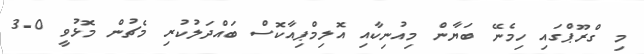
މި ގްރޫޕްގައި ހިމެނޭ ބަޔާން މިއުނިކާއި އޮލިމްޕިއާކޮސް ބައްދަލުކުރި މެޗުން މޮޅުވީ 0-3